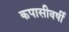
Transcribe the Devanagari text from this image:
कपासीवर्षी